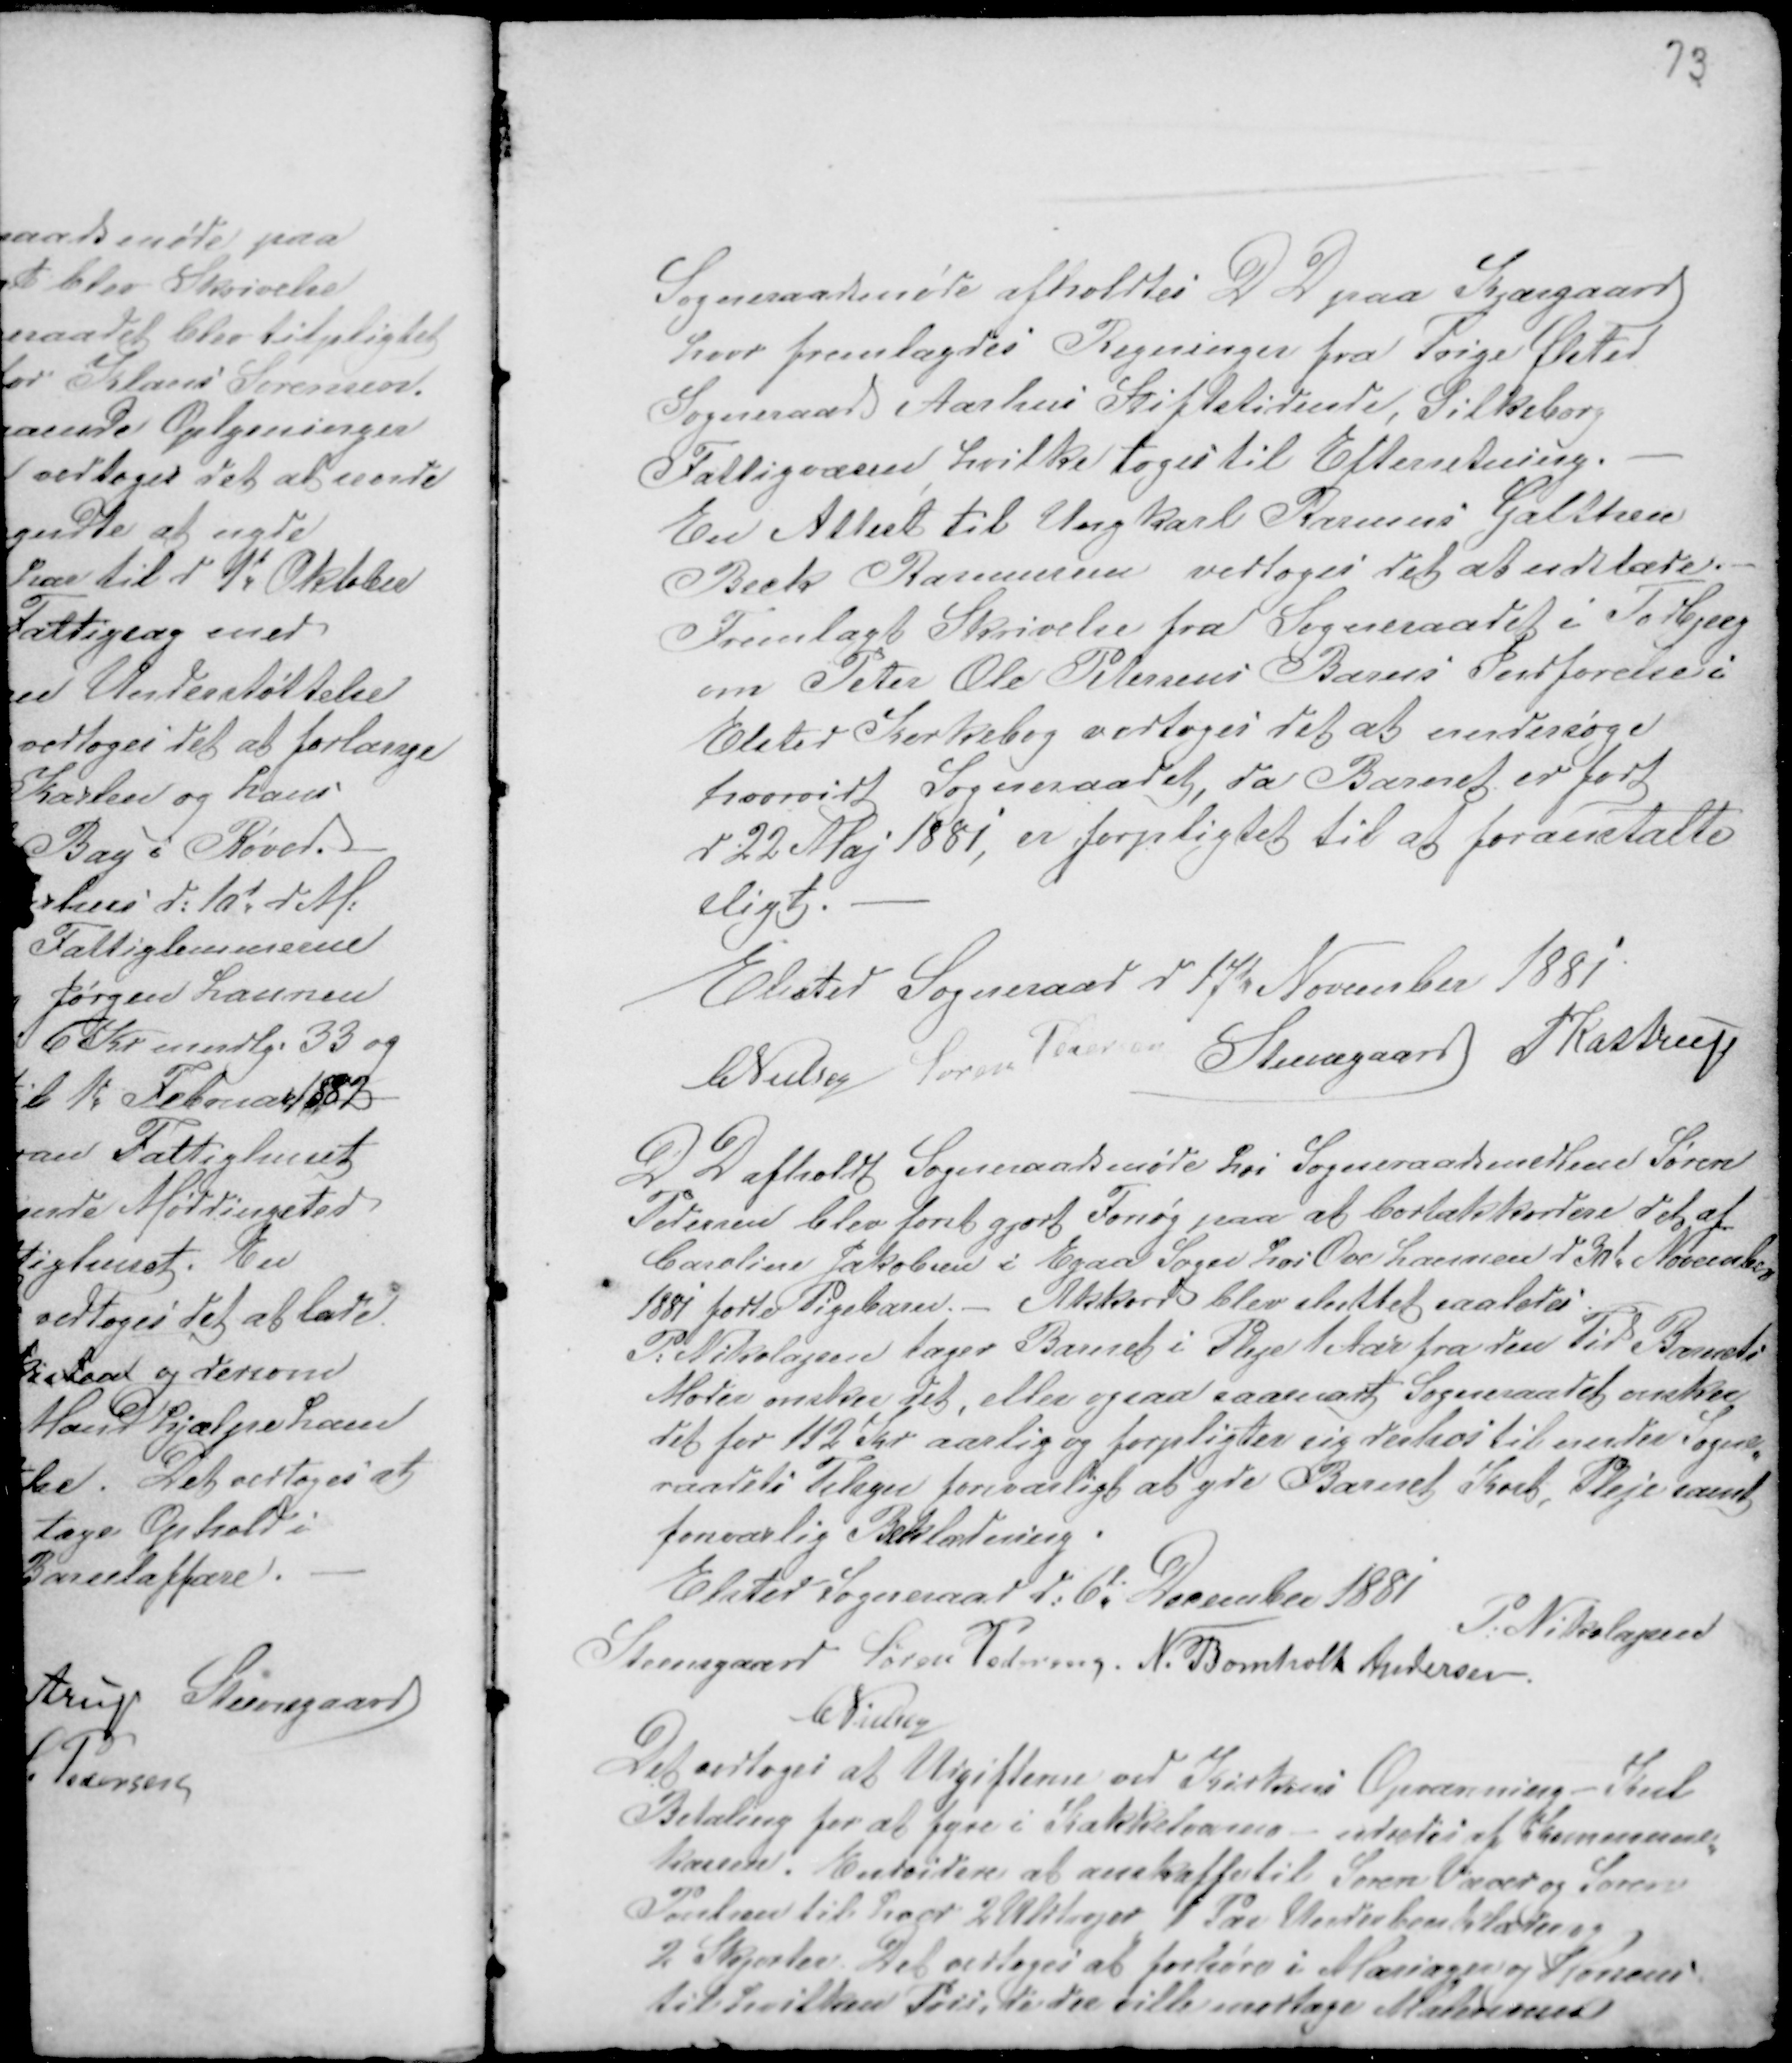
Transskription:
Sogneraadsmøde afholdtes D D paa Kjærgaard
hvor fremlagdes Regninger fra Trige Ølsted
Sogneraad Aarhus Stiftstidende, Silkeborg
Fattigvæsen hvilke toges til Efterretning. -
En Attest til Ungkarl Rasmus Galttsen
Beck Rasmussen vedtoges det at udelade.
Fremlagt Skrivelse fra Sogneraadet i Todbjerg
om Peter Ole Petersens Barns Indførelse i
Elsted Kirkebog vedtoges det at undersøge
hvorvidt Sogneraadet, da Barnet er født
d 22 Maj 1881, er forpligtet til at foranstalte
sligt. -
Elsted Sogneraad d 17d November 1881
CNielsen Søren Pedersen Steensgaard PKastrup

D D afholdt Sogneraadsmøde hos Sogneraadsmedlem Søren
Pedersen blev først gjort Forsøg paa at bortakkordere det af
Caroline Jakobsen i Egaa Sogn hos Ove Laursen d 30d November
1881 fødte Pigebarn. - Akkord blev sluttet saaledes
P: Nikolajsen tager Barnet i Pleje 1 Aar fra den Tid Barnets
Moder ønsker det, eller ogsaa saasnart Sogneraadet ønsker
det for 112 Kr aarlig og forpligter sig derhos til under Sogneraa
raadets Tilsyn forsvarligt at yde Barnet Kost, Pleje samt
forsvarlig Beklædning.
Elsted Sogneraad d: 6d December 1881
P. Nikolajsen
Steensgaard Søren Pedersen N. Bomholt Andersen
CNielsen
Det vedtoges at Udgifterne ved Kirkens Opvarming - Kul
Betaling for at fyre i Kakkelovne udredes af Kommune-
kassen. Endvidere at anskaffe til Søren Væver og Søren
Poulsen til Lager 2 Uldtrøjer 1 Par Underbenklæder og
2 Skjorter. Det vedtoges at forhøre i Mariager og Horsens
til hvilken Pris, de der ville modtage Malersvend